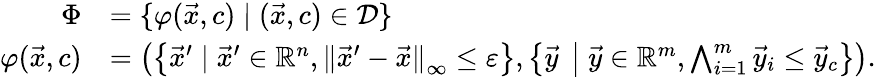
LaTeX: \begin{array}{rl}{\Phi}&{={\{ \varphi(\vec{x},c)\mid(\vec{x},c)\in\mathcal{D}\} }}\\ {\varphi(\vec{x},c)}&{=\left(\left\{ \vec{x}^{\prime}\mid\vec{x}^{\prime}\in\mathbb{R}^{n},{\lVert\vec{x}^{\prime}-\vec{x}\rVert}_{\infty}\leq\varepsilon\right\} ,\left\{ \vec{y}\; \left\vert\; \vec{y}\in\mathbb{R}^{m},\bigwedge_{i=1}^{m}\vec{y}_{i}\leq\vec{y}_{c}\right.\right\} \right).}\end{array}